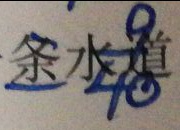
= \frac { 9 } { 4 0 }